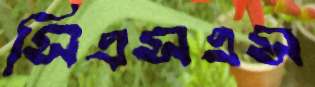
সিএসএস